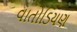
વાતોડિયણ